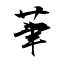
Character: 茟